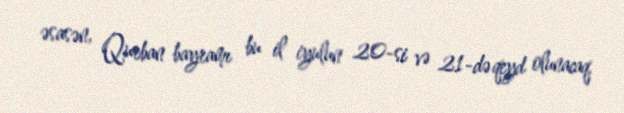
əsasən, Qurban bayramı bu il iyulun 20-si və 21-də qeyd olunacaq.